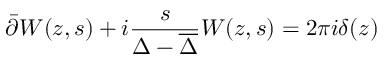
\bar { \partial } W ( z , s ) + i \frac { s } { \Delta - { \overline { { \Delta } } } } W ( z , s ) = 2 \pi i \delta ( z ) \nonumber